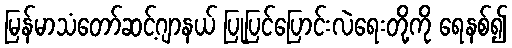
မြန်မာသံတော်ဆင့်ဂျာနယ် ပြုပြင်ပြောင်းလဲရေးတို့ကို ရေနစ်၍